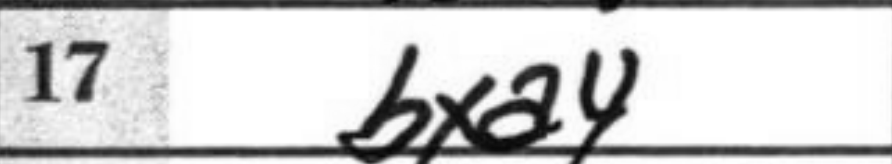
Transcription: bxa4